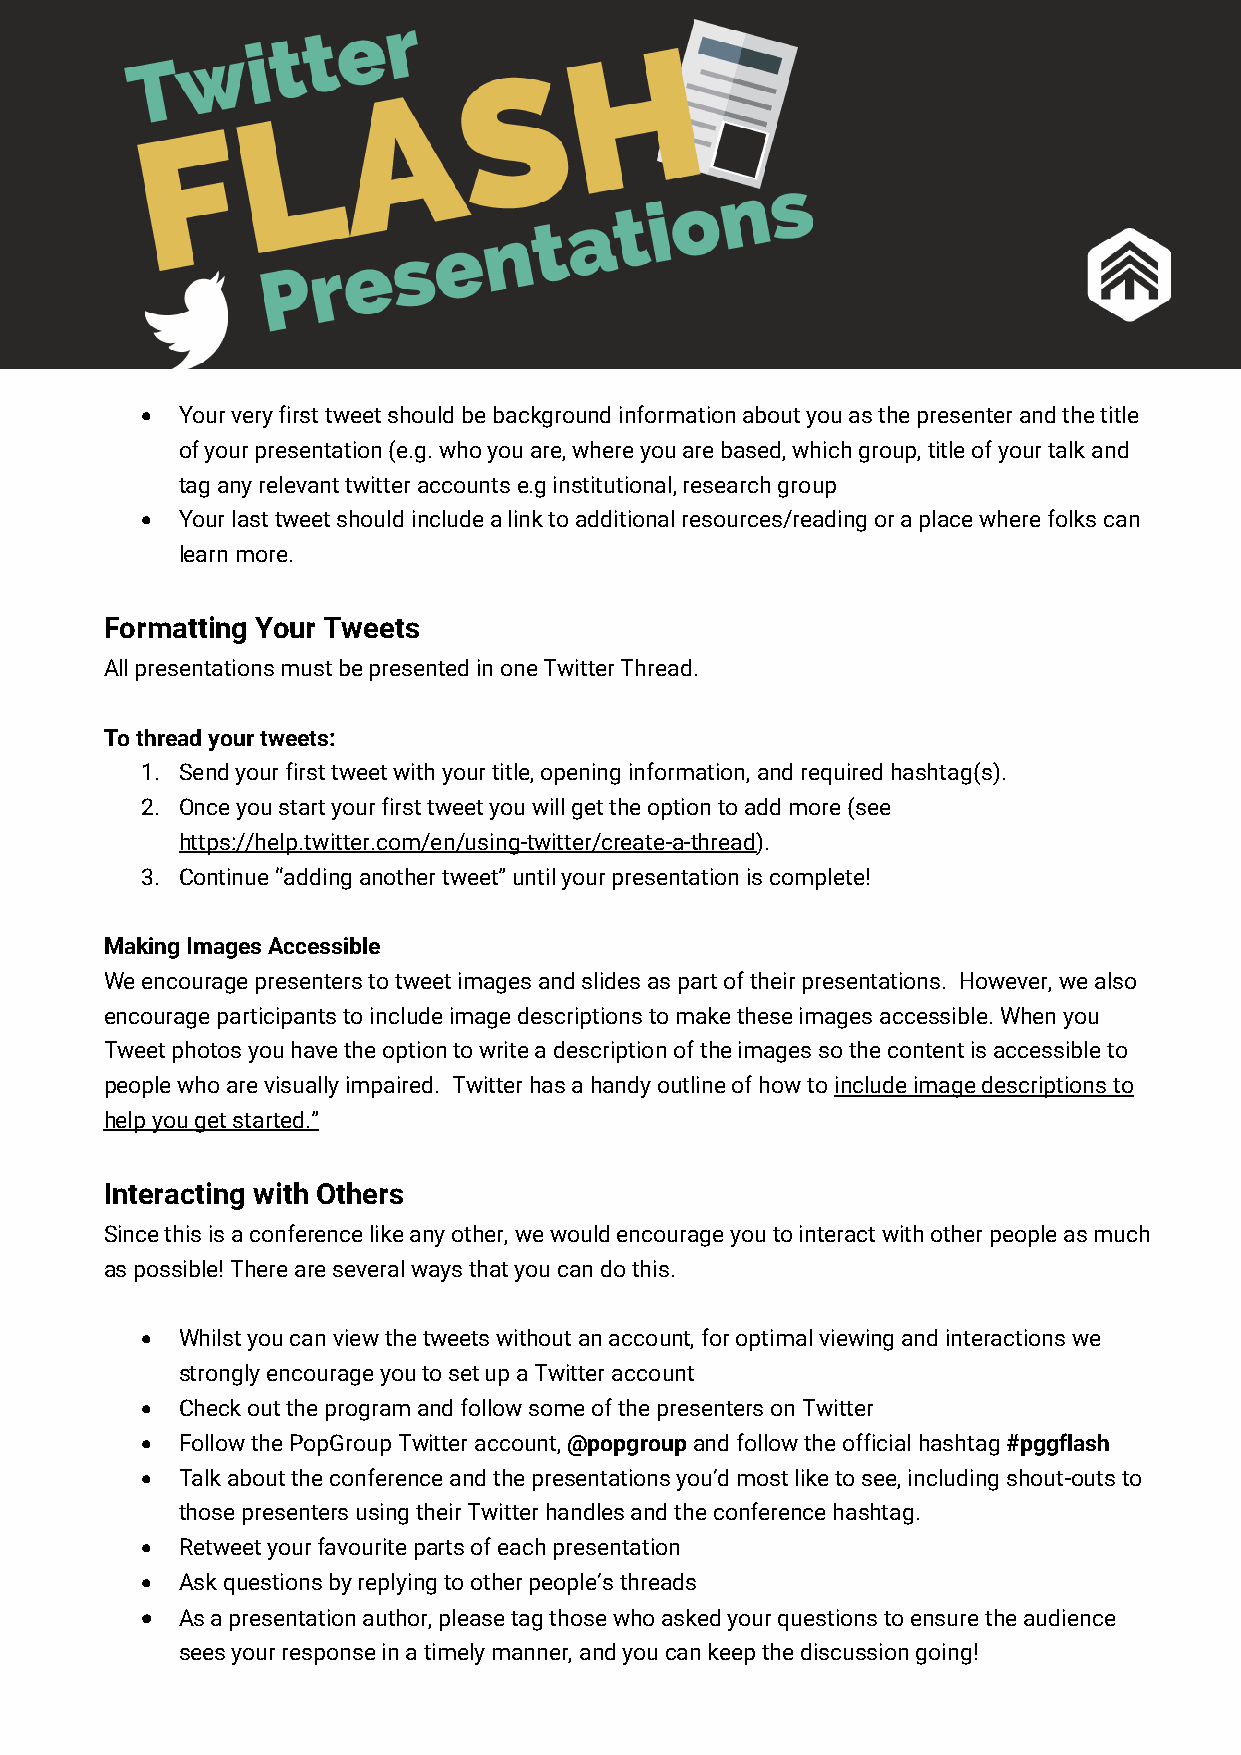
•  Your very first tweet should be background information about you as the presenter and the title
 of your presentation (e.g. who you are, where you are based, which group, title of your talk and
 tag any relevant twitter accounts e.g institutional, research group
 •  Your last tweet should include a link to additional resources/reading or a place where folks can
 learn more.
 Formatting Your Tweets
 All presentations must be presented in one Twitter Thread.
 To thread your tweets:
 1. Send your first tweet with your title, opening information, and required hashtag(s).
 2. Once you start your first tweet you will get the option to add more (see
 https://help.twitter.com/en/using-twitter/create-a-thread).
 3. Continue “adding another tweet” until your presentation is complete!
 Making Images Accessible
 We encourage presenters to tweet images and slides as part of their presentations. However, we also
 encourage participants to include image descriptions to make these images accessible. When you
 Tweet photos you have the option to write a description of the images so the content is accessible to
 people who are visually impaired. Twitter has a handy outline of how to include image descriptions to
 help you get started.”
 Interacting with Others
 Since this is a conference like any other, we would encourage you to interact with other people as much
 as possible! There are several ways that you can do this.
 •  Whilst you can view the tweets without an account, for optimal viewing and interactions we
 strongly encourage you to set up a Twitter account
 •  Check out the program and follow some of the presenters on Twitter
 •  Follow the PopGroup Twitter account, @popgroup and follow the official hashtag #pggflash
 •  Talk about the conference and the presentations you’d most like to see, including shout-outs to
 those presenters using their Twitter handles and the conference hashtag.
 •  Retweet your favourite parts of each presentation
 •  Ask questions by replying to other people’s threads
 •  As a presentation author, please tag those who asked your questions to ensure the audience
 sees your response in a timely manner, and you can keep the discussion going!